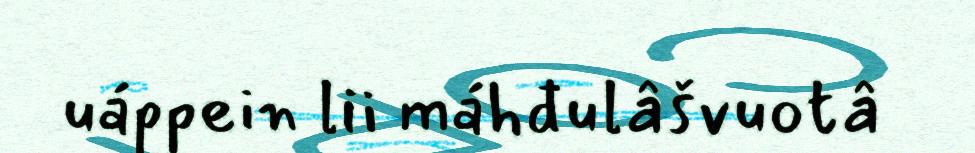
uáppein lii máhđulâšvuotâ